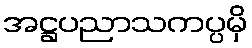
အဋ္ဌပညာသကပ္ပမှိ